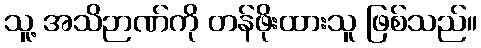
သူ့ အသိဉာဏ်ကို တန်ဖိုးထားသူ ဖြစ်သည်။